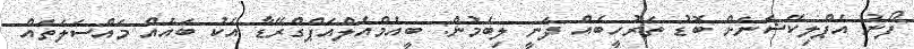
ފޯނު އެޕްލިކޭޝަނަށް ބޮޑު ތަރުހީބެއް ދަނީ ލިބެމުން: ބީއެމްއެލްއަޕްގްރޭޑާ އެކު ބައެއް މައްސަލަތައް